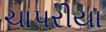
ચાપરીયા